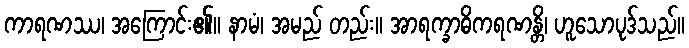
ကာရဏဿ၊ အကြောင်း၏။ နာမံ၊ အမည် တည်း။ အာရက္ခာဓိကရဏန္တိ၊ ဟူသောပုဒ်သည်။